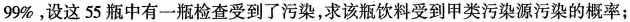
99%，设这55瓶中有一瓶检查受到了污染，求该瓶饮料受到甲类污染源污染的概率；